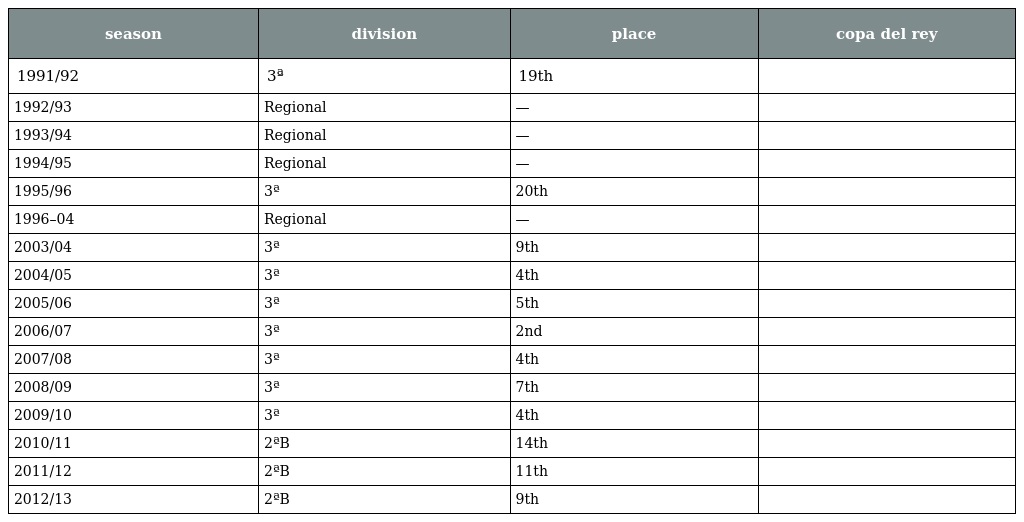
| season | division | place | copa del rey |
 | --- | --- | --- | --- |
 | 1991/92 | 3ª | 19th |  |
 | 1992/93 | Regional | — |  |
 | 1993/94 | Regional | — |  |
 | 1994/95 | Regional | — |  |
 | 1995/96 | 3ª | 20th |  |
 | 1996–04 | Regional | — |  |
 | 2003/04 | 3ª | 9th |  |
 | 2004/05 | 3ª | 4th |  |
 | 2005/06 | 3ª | 5th |  |
 | 2006/07 | 3ª | 2nd |  |
 | 2007/08 | 3ª | 4th |  |
 | 2008/09 | 3ª | 7th |  |
 | 2009/10 | 3ª | 4th |  |
 | 2010/11 | 2ªB | 14th |  |
 | 2011/12 | 2ªB | 11th |  |
 | 2012/13 | 2ªB | 9th |  |